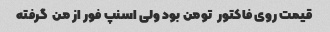
قیمت روی فاکتور  تومن بود ولی اسنپ فور از من  گرفته